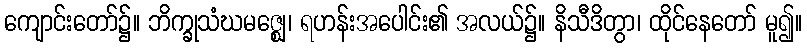
ကျောင်းတော်၌။ ဘိက္ခုသံဃမဇ္ဈေ၊ ရဟန်းအပေါင်း၏ အလယ်၌။ နိသီဒိတွာ၊ ထိုင်နေတော် မူ၍။